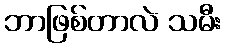
ဘာဖြစ်တာလဲ သမီး